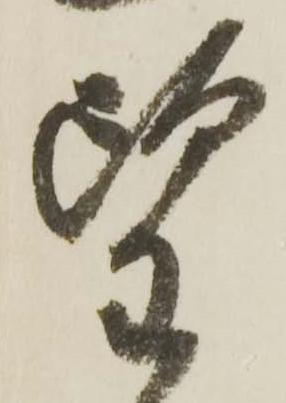
望